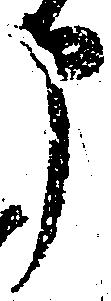
申